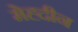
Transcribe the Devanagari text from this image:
मेह्दीन